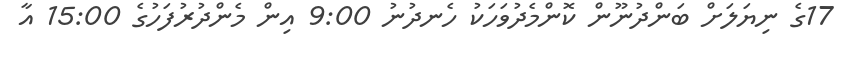
17ގެ ނިޔަލަށް ބަންދުނޫން ކޮންމެދުވަހަކު ހެނދުނު 9:00 އިން މެންދުރުފަހުގެ 15:00 އާ